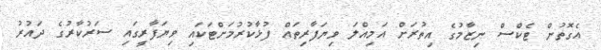
އެގޮތުން ޓެކްސް ނިޒާމުގެ އިތުރަށް އަމިއްލަ ވިޔަފާރިތައް ފުޅާކުރުމަށްޓަކައި ވިޔަފާރީގައި ސަރުކާރުގެ ދައުރު